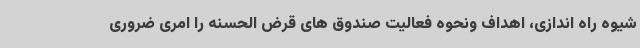
شیوه راه اندازی، اهداف ونحوه فعالیت صندوق های قرض الحسنه را امری ضروری